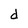
Character: d